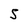
Character: S